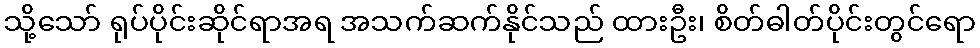
သို့သော် ရုပ်ပိုင်းဆိုင်ရာအရ အသက်ဆက်နိုင်သည် ထားဦး၊ စိတ်ဓါတ်ပိုင်းတွင်ရော